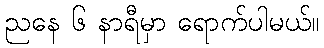
ညနေ ၆ နာရီမှာ ရောက်ပါမယ်။